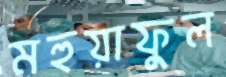
মহুয়াফুল